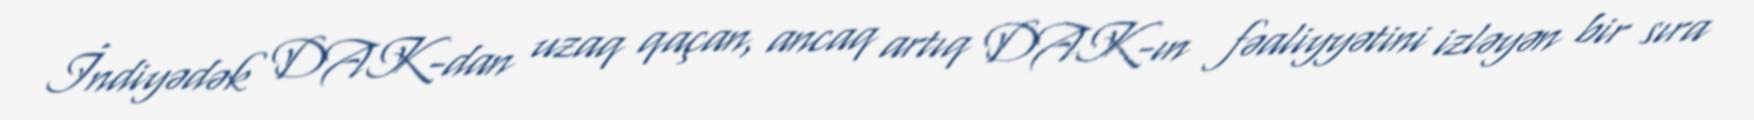
İndiyədək DAK-dan uzaq qaçan, ancaq artıq DAK-ın fəaliyyətini izləyən bir sıra